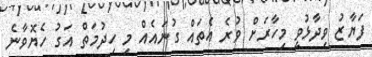
ފަޔާޒު ވިދާޅުވީ މިހާރަށް ވުރެ އެތައް ގުނައެއް މި ހިދުމަތް އަގު ހެޔޮވާނެ